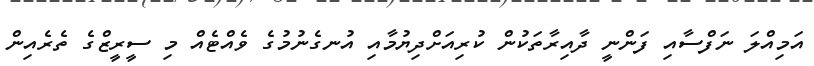
އަމިއްލަ ނަފްސާއި ފަންނީ ދާއިރާތަކުން ކުރިއަށްދިޔުމާއި އުނގެނުމުގެ ވެއްޓެއް މި ސީރީޒްގެ ތެރެއިން